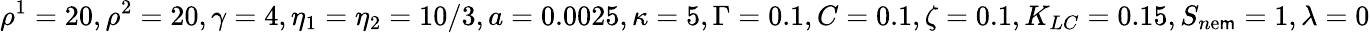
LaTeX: \rho^{1}=20,\rho^{2}=20,\gamma=4,\eta_{1}=\eta_{2}=10/3,a=0.0025,\kappa=5,\Gamma=0.1,C=0.1,\zeta=0.1,K_{LC}=0.15,S_{n\mathrm{e}\mathsf{m}}=1,\lambda=0